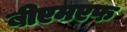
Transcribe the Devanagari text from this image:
बीएमएफ